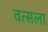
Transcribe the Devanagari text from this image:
वत्‍सला